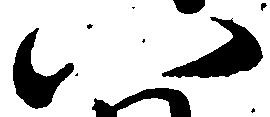
八